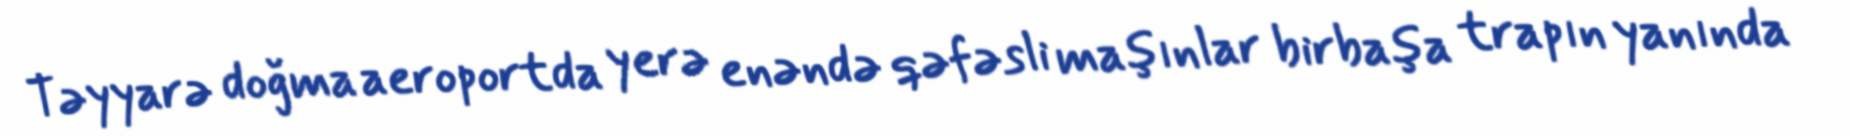
Təyyarə doğma aeroportda yerə enəndə qəfəsli maşınlar birbaşa trapın yanında